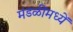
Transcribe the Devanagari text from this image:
मंडळींमध्यें